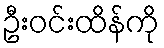
ဦးဝင်းထိန်ကို